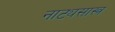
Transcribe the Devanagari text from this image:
नाट्यसास्त्र